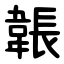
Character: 韔